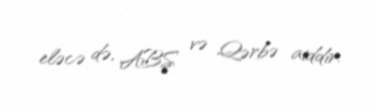
eləcə də, ABŞ və Qərbə aiddir.